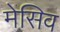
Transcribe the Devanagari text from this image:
मेसिव